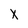
Character: X